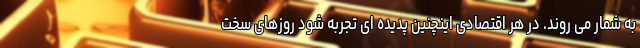
به شمار می روند. در هر اقتصادی اینچنین پدیده ای تجربه شود روزهای سخت